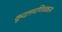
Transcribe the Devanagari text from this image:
कूदलमणिचकाम